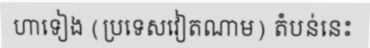
ហាទៀង (ប្រទេសវៀតណាម) តំបន់នេះ